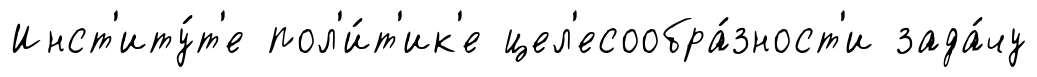
Инст'иту́т'е пол'и́т'ик'е цел'есообра́зност'и зада́чу